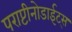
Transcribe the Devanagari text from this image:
पराप्टीनोडाईट्स